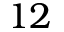
1 2